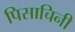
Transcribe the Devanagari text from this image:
पिसाचिनी